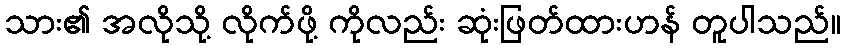
သား၏ အလိုသို့ လိုက်ဖို့ ကိုလည်း ဆုံးဖြတ်ထားဟန် တူပါသည်။